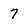
Character: 7